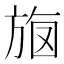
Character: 𣃳